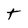
Character: t